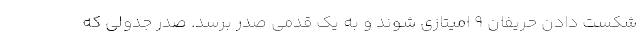
شکست دادن حریفان 9 امیتازی شوند و به یک قدمی صدر برسد. صدر جدولی که